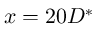
x = 2 0 D ^ { * }